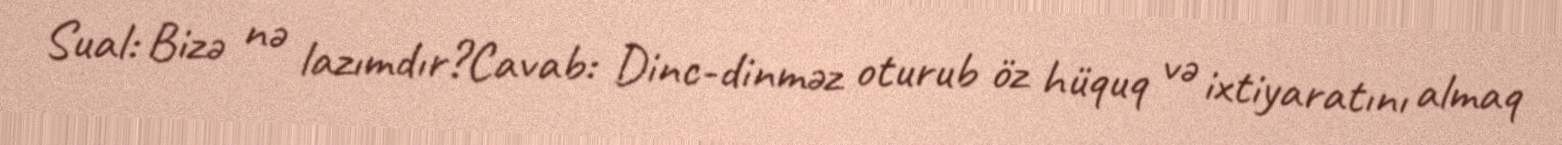
Sual: Bizə nə lazımdır?Cavab: Dinc-dinməz oturub öz hüquq və ixtiyaratını almaq